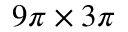
9 \pi \times 3 \pi